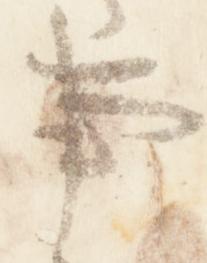
事